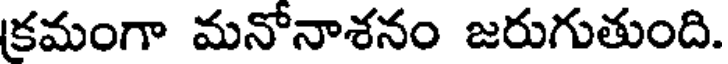
క్రమంగా మనోనాశనం జరుగుతుంది.